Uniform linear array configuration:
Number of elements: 24
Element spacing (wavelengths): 0.5
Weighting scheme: cosine
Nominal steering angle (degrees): -60
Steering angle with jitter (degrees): -60.628
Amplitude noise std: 0.05
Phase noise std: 0.05

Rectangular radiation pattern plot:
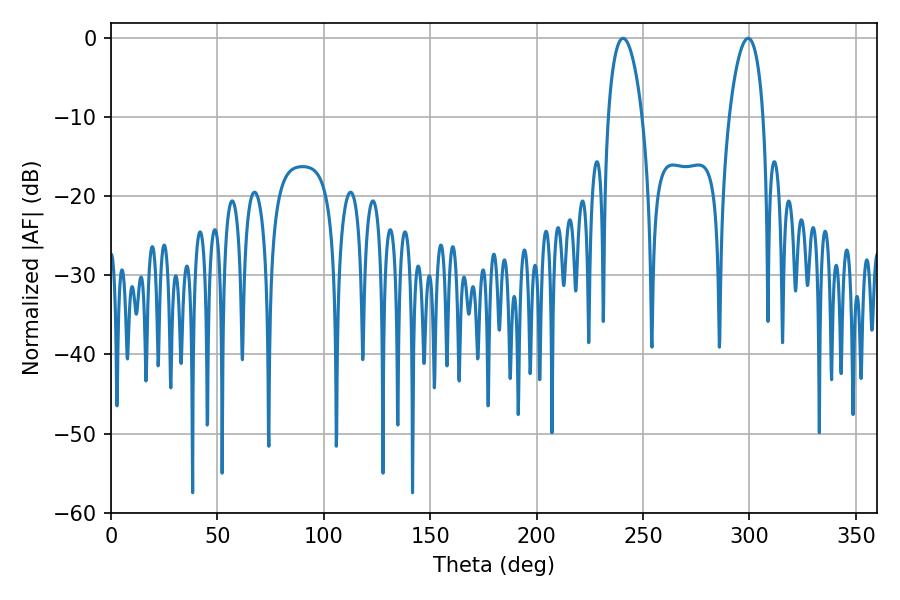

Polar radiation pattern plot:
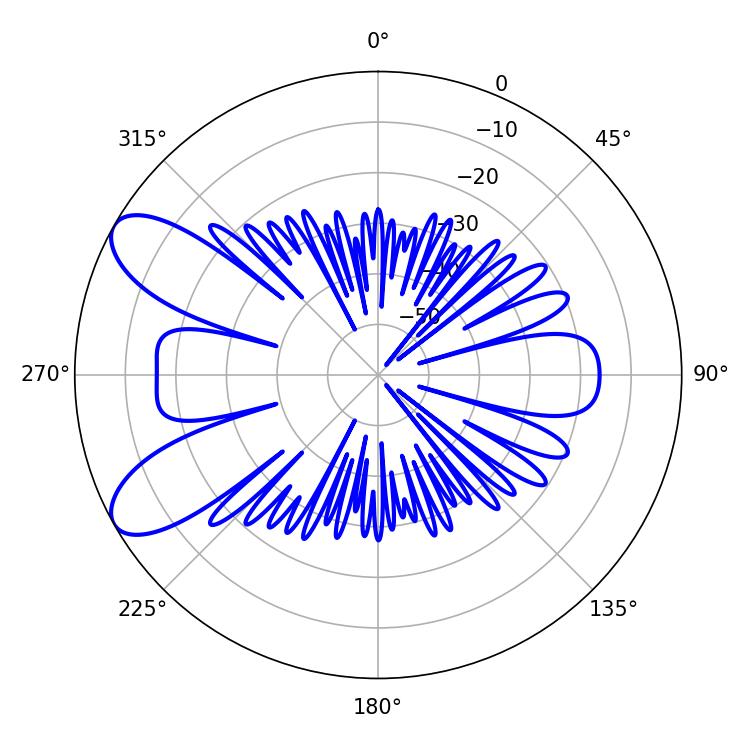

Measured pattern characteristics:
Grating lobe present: FALSE
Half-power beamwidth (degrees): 9.18
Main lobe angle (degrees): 240.66